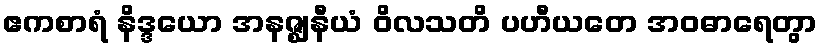
ဧကစာရံ နိဒ္ဒယော အနဇ္ဈနီယံ ဝိလသတိ ပဟီယတေ အဝဓာရေတွာ